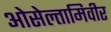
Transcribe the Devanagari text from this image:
ओसेल्तामिवीर